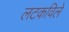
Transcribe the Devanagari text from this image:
लटकविले